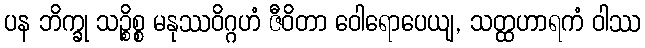
ပန ဘိက္ခု သဉ္စိစ္စ မနုဿဝိဂ္ဂဟံ ဇီဝိတာ ဝေါရောပေယျ, သတ္ထဟာရကံ ဝါဿ